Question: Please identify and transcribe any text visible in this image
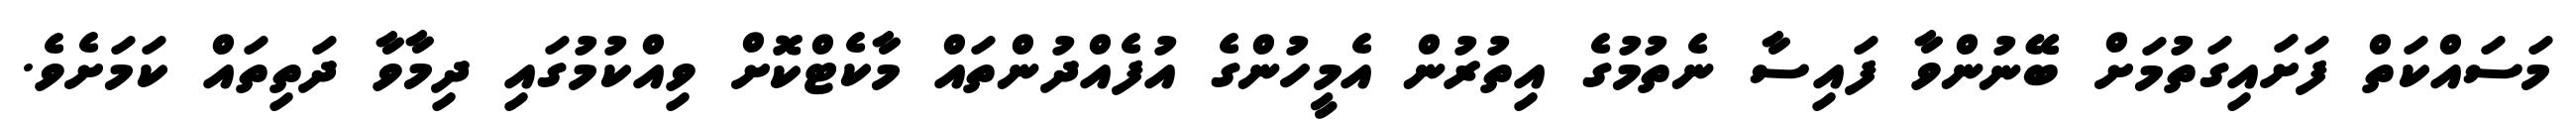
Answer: މަސައްކަތް ފަށައިގަތުމަށް ބޭނުންވާ ފައިސާ ނެތުމުގެ އިތުރުން އެމީހުންގެ އުފެއްދުންތައް މާކެޓްކޮށް ވިއްކުމުގައި ދިމާވާ ދަތިތައް ކަމަށެވެ.